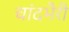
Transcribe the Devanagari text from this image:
चांदभैरी